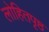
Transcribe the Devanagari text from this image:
लोहितपृष्ठ